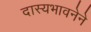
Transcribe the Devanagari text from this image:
दास्यभावनेने